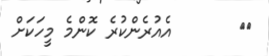
٣٧       އެއުރެންކުރެ ކޮންމެ މީހަކަށް